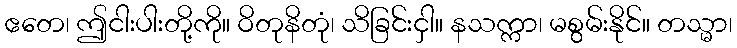
ဧတေ၊ ဤငါးပါးတို့ကို။ ဝိတုနိတုံ၊ သိခြင်းငှါ။ နသက္ကာ၊ မစွမ်းနိုင်။ တသ္မာ၊